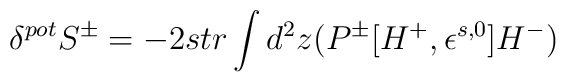
\delta^{pot} S^\pm = -2 str\int d^2 z (P^\pm [H^+ , \epsilon^{s,0} ] H^- )